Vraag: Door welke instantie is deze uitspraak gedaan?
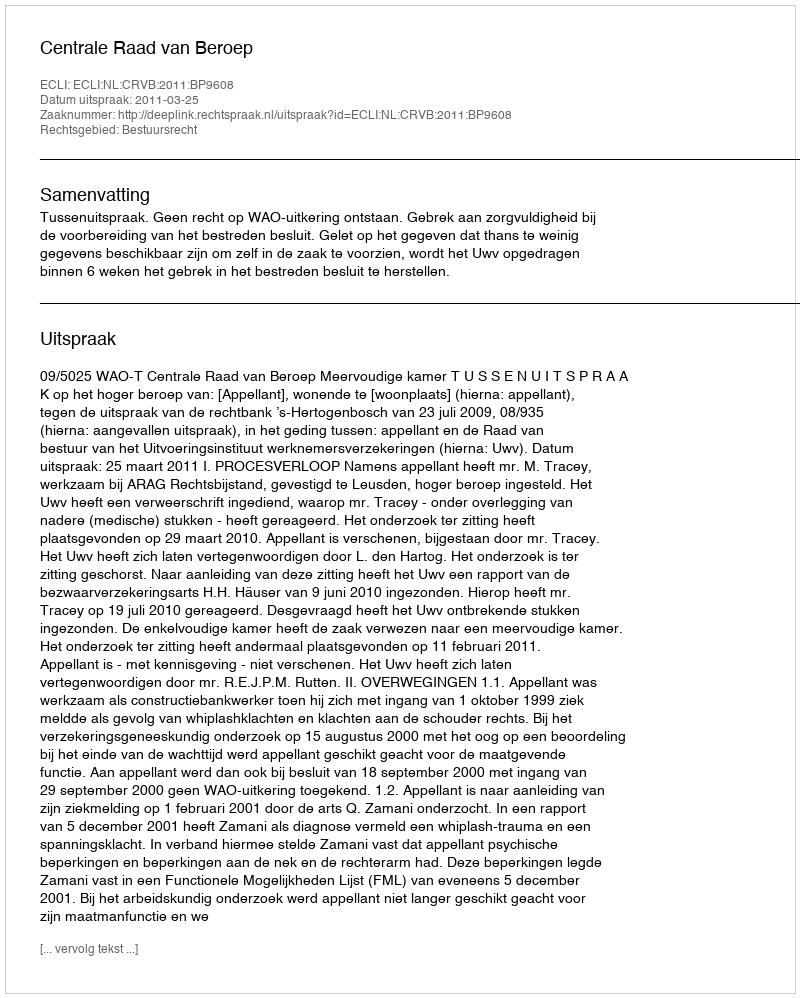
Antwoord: Centrale Raad van Beroep